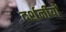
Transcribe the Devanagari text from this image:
दर्शनीयों